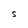
Character: S